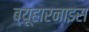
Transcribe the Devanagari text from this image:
ब्यूहारनाइस